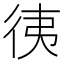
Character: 𢓡